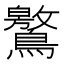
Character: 鸄